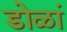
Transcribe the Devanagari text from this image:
डोळां